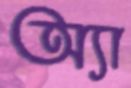
অ্যা